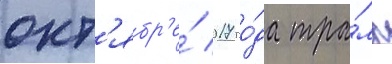
окт'ябр'е́ 2017 го́да тра́мп